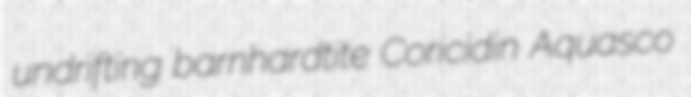
undrifting barnhardtite Coricidin Aquasco